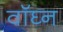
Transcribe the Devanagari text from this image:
वॉघ्न